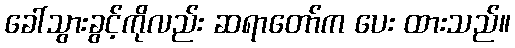
ခေါ်သွားခွင့်ကိုလည်း ဆရာတော်က ပေး ထားသည်။